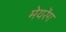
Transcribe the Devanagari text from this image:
मेयरेंग